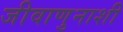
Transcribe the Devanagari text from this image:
जीवाणुनाशी